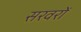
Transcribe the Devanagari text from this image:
सरवरों